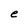
Character: e